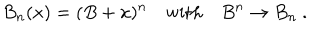
B _ { n } ( x ) = ( B + x ) ^ { n } \quad \mathrm { w i t h } \quad B ^ { n } \rightarrow B _ { n } \ .